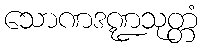
သောဏဒဏ္ဍသုတ္တံ